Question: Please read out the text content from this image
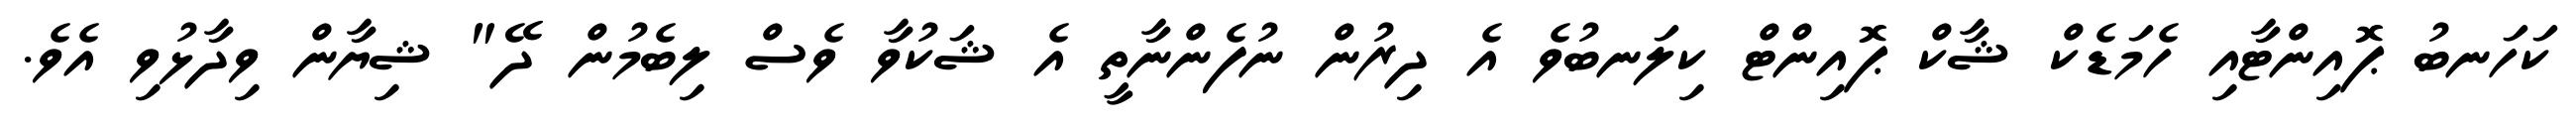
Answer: ކަހަނބު ޕޮއިންޓާއި ހެމަޑެކް ޝާކް ޕޮއިންޓް ކިލަނބުވެ އެ ދިރުން ނުފެންނާތީ އެ ޝަކުވާ ވެސް ލިބެމުން ދޭ" ޝިޔާން ވިދާޅުވި އެވެ.